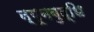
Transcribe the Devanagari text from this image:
न्यूनबुद्धि